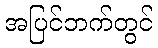
အပြင်ဘက်တွင်